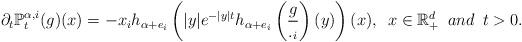
LaTeX: \begin{align*}\partial_{t}\mathbb{P}_t^{\alpha,i}(g)(x)=-x_ih_{\alpha+e_i}\left(|y|e^{-|y|t}h_{\alpha+e_i}\left(\frac{g}{._i}\right)(y)\right)(x),\,\,\,x\in \mathbb{R}_+^d\,\,\,and\,\,\,t>0.\end{align*}